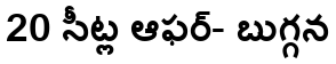
20 సీట్ల ఆఫర్- బుగ్గన